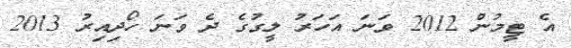
އެ ޓީމުން 2012 ވަނަ އަހަރު ލީގުގެ ދެ ވަނަ ހޯދިއިރު 2013